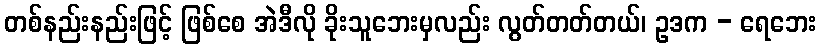
တစ်နည်းနည်းဖြင့် ဖြစ်စေ အဲဒီလို ခိုးသူဘေးမှလည်း လွတ်တတ်တယ်၊ ဥဒက - ရေဘေး